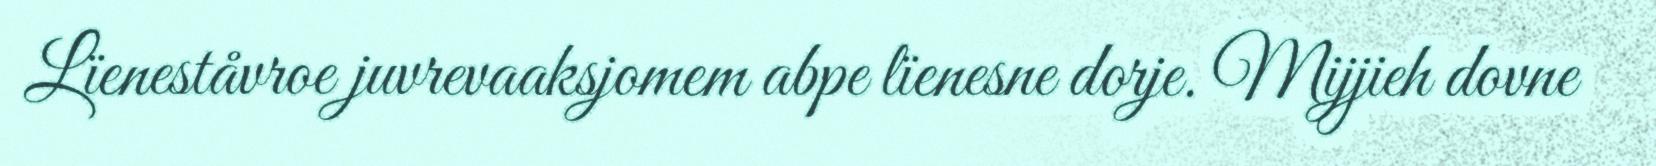
Lïeneståvroe juvrevaaksjomem abpe lïenesne dorje. Mijjieh dovne